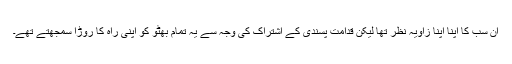
اِن سب کا اپنا اپنا زاویہ نظر تھا لیکن قدامت پسندی کے اشتراک کی وجہ سے یہ تمام بھٹو کو اپنی راہ کا روڑا سمجھتے تھے۔